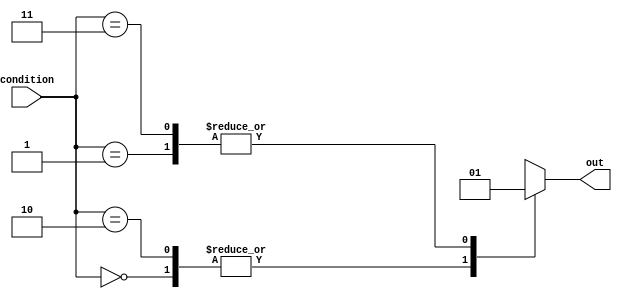
module x_case_statement (
    input wire [1:0] condition,
    output reg out
);

always @* begin
    case (condition)
        2'b00: out = 1'b0; // condition 00
        2'b01: out = 1'b1; // condition 01
        2'b10: out = 1'b0; // condition 10
        2'b11: out = 1'b1; // condition 11
        default: out = 1'bx; // default condition
    endcase
end

endmodule